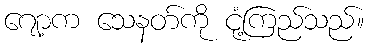
ဂျော့က သေနတ်ကို ငုံ့ကြည်သည်။